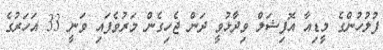
ފުލުހުންގެ މީޑިއާ އޮފިޝަލް ވިދާޅުވީ ދަން ޖެހިގެން މަރުވެފައި ވަނީ 33 އަހަރުގެ